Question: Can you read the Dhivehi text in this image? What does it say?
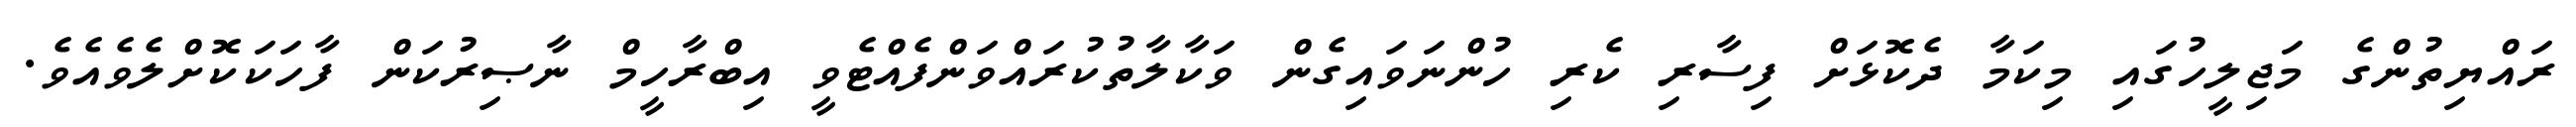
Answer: ރައްޔިތުންގެ މަޖިލީހުގައި މިކަމާ ދެކޮޅަށް ފިސާރި ކެރި ހުންނަވައިގެން ވަކާލާތުކުރައްވަންފެއްޓެވީ އިބްރާހީމް ނާޞިރުކަން ފާހަކަކޮށްލެވެއެވެ.